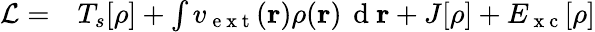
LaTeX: \begin{array}{rl}{\mathcal{L}=}&{{}T_{s}[\rho]+\int v_{\mathrm{~e~x~t~}}(\mathbf{r})\rho(\mathbf{r})\, \mathrm{~d~}\mathbf{r}+J[\rho]+E_{\mathrm{~x~c~}}[\rho]}\end{array}